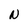
Character: N